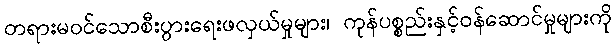
တရားမဝင်သောစီးပွားရေးဖလှယ်မှုများ၊ ကုန်ပစ္စည်းနှင့်ဝန်ဆောင်မှုများကို